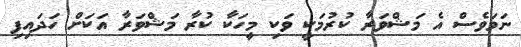
ނަމަވެސް އެ މަޝްވަރާ ކުރުމަކީ ވަކި މީހަކާ ކުރާ މަޝްވަރާ އަކަށް ހަދައިފި